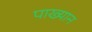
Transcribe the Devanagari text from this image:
पाख्यान